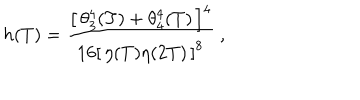
h ( T ) = \frac { \left[ \, \theta _ { 3 } ^ { 4 } ( T ) + \theta _ { 4 } ^ { 4 } ( T ) \, \right] ^ { 4 } } { 1 6 \left[ \, \eta ( T ) \eta ( 2 T ) \, \right] ^ { 8 } } \ ,